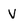
Character: v